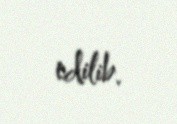
edilib.